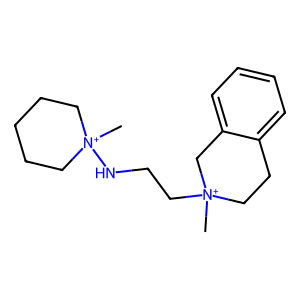
SMILES: C[N+]1(CCN[N+]2(C)CCCCC2)CCc2ccccc2C1
Inhibits HIV replication: No